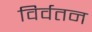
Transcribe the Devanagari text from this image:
विर्वतन